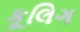
કૂલિગ